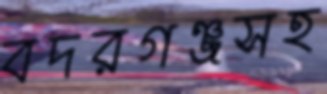
বদরগঞ্জসহ